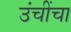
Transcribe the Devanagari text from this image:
उंचींचा